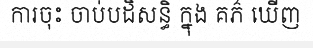
ការចុះ ចាប់បដិសន្ធិ ក្នុង គភ៌ ឃើញ